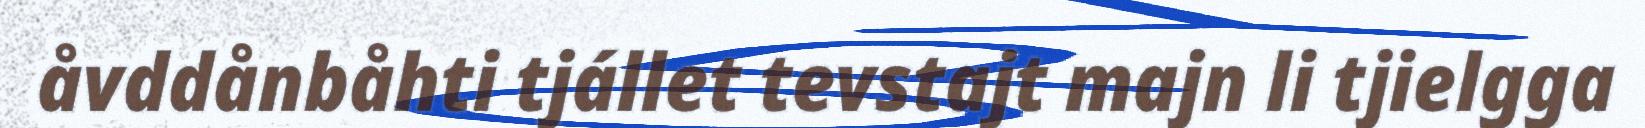
åvddånbåhti tjállet tevstajt majn li tjielgga